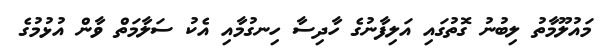
މައުލޫމާތު ލިބުނު ގޮތުގައި އަލިފާނުގެ ހާދިސާ ހިނގުމާއި އެކު ސަލާމަތް ވާން އުޅުމުގެ